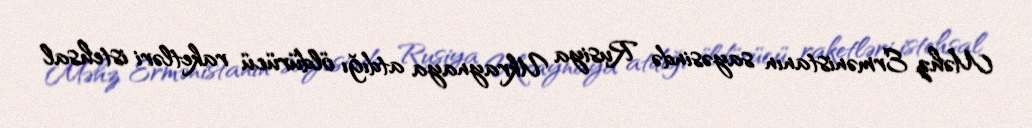
Məhz Ermənistanın sayəsində Rusiya Ukraynaya atdığı öldürücü raketləri istehsal